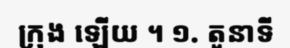
ក្រុង ឡើយ ។ ១. តួនាទី